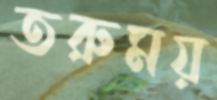
তরুময়